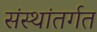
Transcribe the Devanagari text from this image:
संस्थांतर्गत